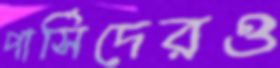
পার্সিদেরও